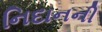
નિદાનની